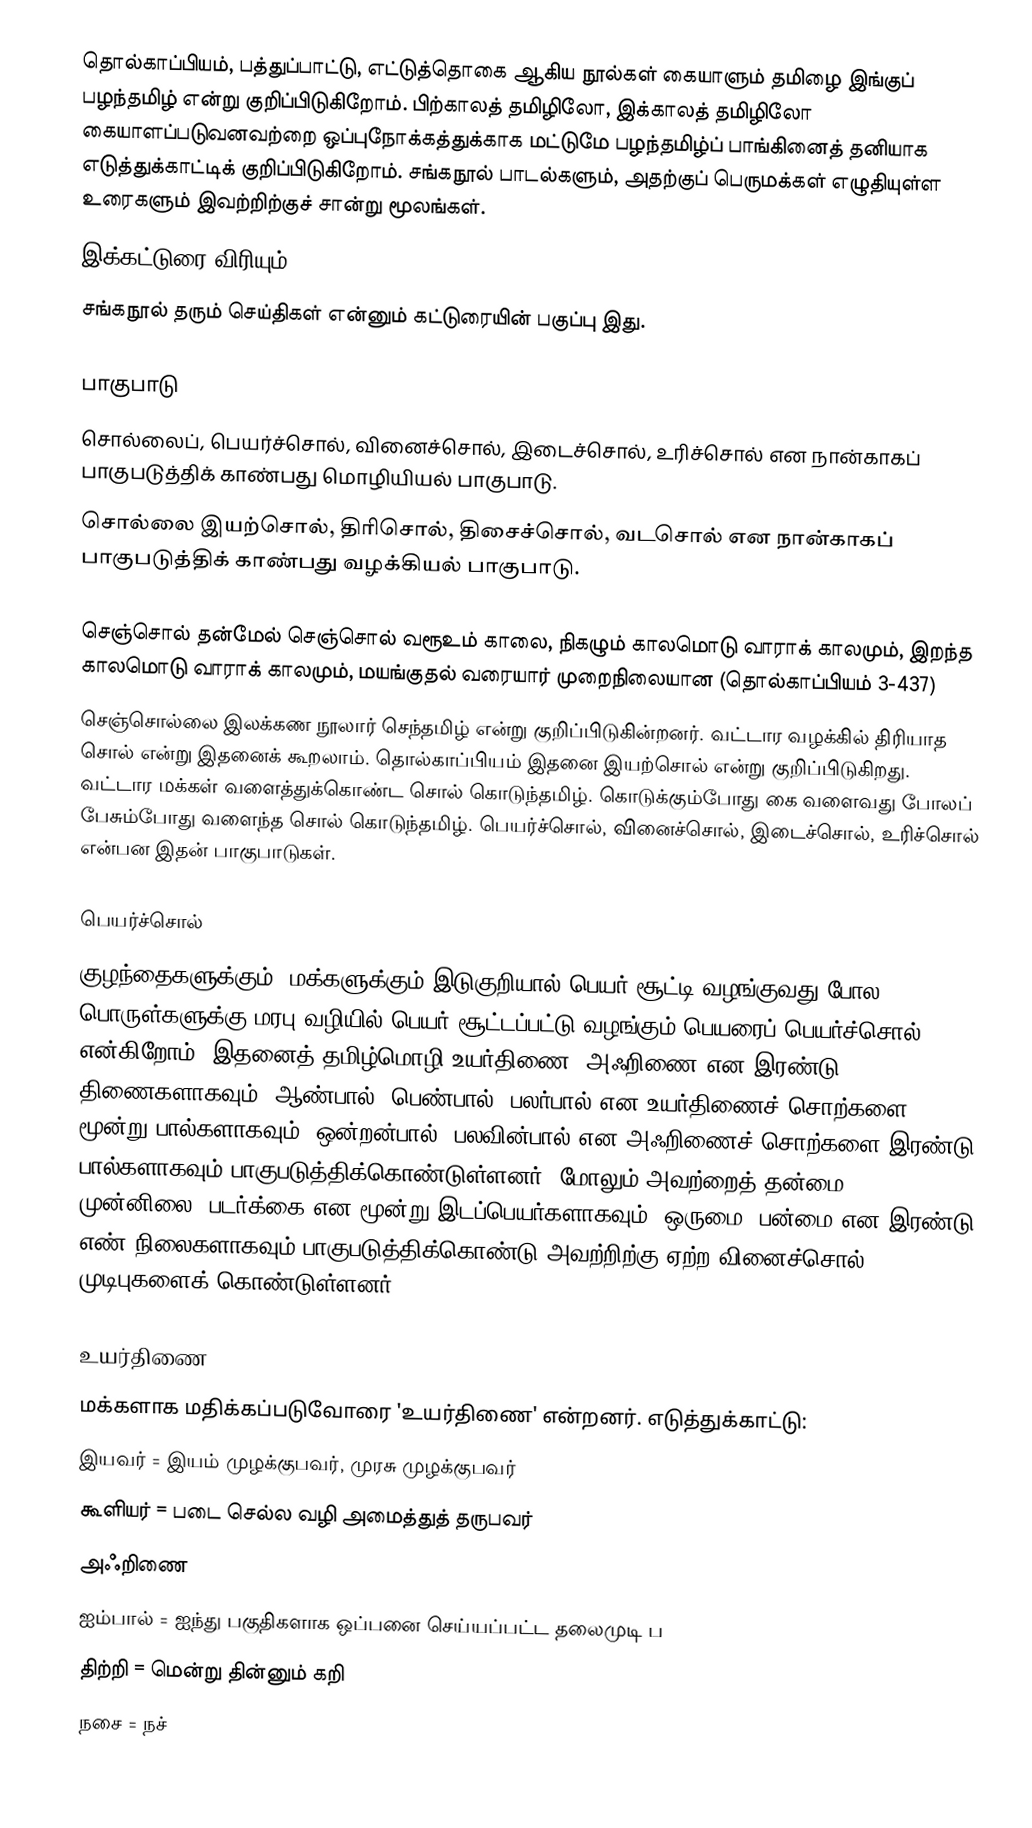
தொல்காப்பியம், பத்துப்பாட்டு, எட்டுத்தொகை ஆகிய நூல்கள் கையாளும் தமிழை இங்குப் பழந்தமிழ் என்று குறிப்பிடுகிறோம். பிற்காலத் தமிழிலோ, இக்காலத் தமிழிலோ கையாளப்படுவனவற்றை ஒப்புநோக்கத்துக்காக மட்டுமே பழந்தமிழ்ப் பாங்கினைத் தனியாக எடுத்துக்காட்டிக் குறிப்பிடுகிறோம். சங்கநூல் பாடல்களும், அதற்குப் பெருமக்கள் எழுதியுள்ள உரைகளும் இவற்றிற்குச் சான்று மூலங்கள்.
 இக்கட்டுரை விரியும்.
 சங்கநூல் தரும் செய்திகள் என்னும் கட்டுரையின் பகுப்பு இது.

பாகுபாடு
 சொல்லைப், பெயர்ச்சொல், வினைச்சொல், இடைச்சொல், உரிச்சொல் என நான்காகப் பாகுபடுத்திக் காண்பது மொழியியல் பாகுபாடு.
 சொல்லை இயற்சொல், திரிசொல், திசைச்சொல், வடசொல் என நான்காகப் பாகுபடுத்திக் காண்பது வழக்கியல் பாகுபாடு.

செஞ்சொல் தன்மேல் செஞ்சொல் வரூஉம் காலை, நிகழும் காலமொடு வாராக் காலமும், இறந்த காலமொடு வாராக் காலமும், மயங்குதல் வரையார் முறைநிலையான (தொல்காப்பியம் 3-437)
செஞ்சொல்லை இலக்கண நூலார் செந்தமிழ் என்று குறிப்பிடுகின்றனர். வட்டார வழக்கில் திரியாத சொல் என்று இதனைக் கூறலாம். தொல்காப்பியம் இதனை இயற்சொல்  என்று குறிப்பிடுகிறது.  வட்டார மக்கள் வளைத்துக்கொண்ட சொல் கொடுந்தமிழ். கொடுக்கும்போது கை வளைவது போலப் பேசும்போது வளைந்த சொல் கொடுந்தமிழ். பெயர்ச்சொல், வினைச்சொல், இடைச்சொல், உரிச்சொல் என்பன இதன் பாகுபாடுகள்.

பெயர்ச்சொல்
குழந்தைகளுக்கும், மக்களுக்கும் இடுகுறியால் பெயர் சூட்டி வழங்குவது போல, பொருள்களுக்கு மரபு வழியில் பெயர் சூட்டப்பட்டு வழங்கும் பெயரைப் பெயர்ச்சொல் என்கிறோம். இதனைத் தமிழ்மொழி உயர்திணை, அஃறிணை என இரண்டு திணைகளாகவும், ஆண்பால், பெண்பால், பலர்பால் என உயர்திணைச் சொற்களை மூன்று பால்களாகவும், ஒன்றன்பால், பலவின்பால் என அஃறிணைச் சொற்களை இரண்டு பால்களாகவும் பாகுபடுத்திக்கொண்டுள்ளனர். மோலும் அவற்றைத் தன்மை, முன்னிலை, படர்க்கை என மூன்று இடப்பெயர்களாகவும், ஒருமை. பன்மை என இரண்டு எண்-நிலைகளாகவும் பாகுபடுத்திக்கொண்டு அவற்றிற்கு ஏற்ற வினைச்சொல் முடிபுகளைக் கொண்டுள்ளனர்.

உயர்திணை
மக்களாக மதிக்கப்படுவோரை 'உயர்திணை' என்றனர். எடுத்துக்காட்டு:
 இயவர் = இயம் முழக்குபவர், முரசு முழக்குபவர்
 கூளியர் = படை செல்ல வழி அமைத்துத் தருபவர்
அஃறிணை
 ஐம்பால் = ஐந்து பகுதிகளாக ஒப்பனை செய்யப்பட்ட தலைமுடி ப
 திற்றி = மென்று தின்னும் கறி
 நசை = நச்